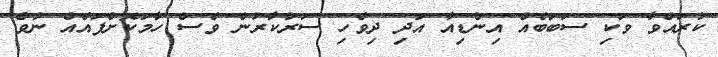
ކުރައްވާ ވަކި ސަބަބެއް އިންޑިއާ އަދި ދިވެހި ސަރުކާރުން ވެސް ހާމަކޮށްފައެއް ނުވެ